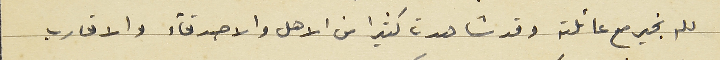
لله بخير مع عائلته وقد شاهدت كثيرا من الاهل والاصدقاء والاقارب